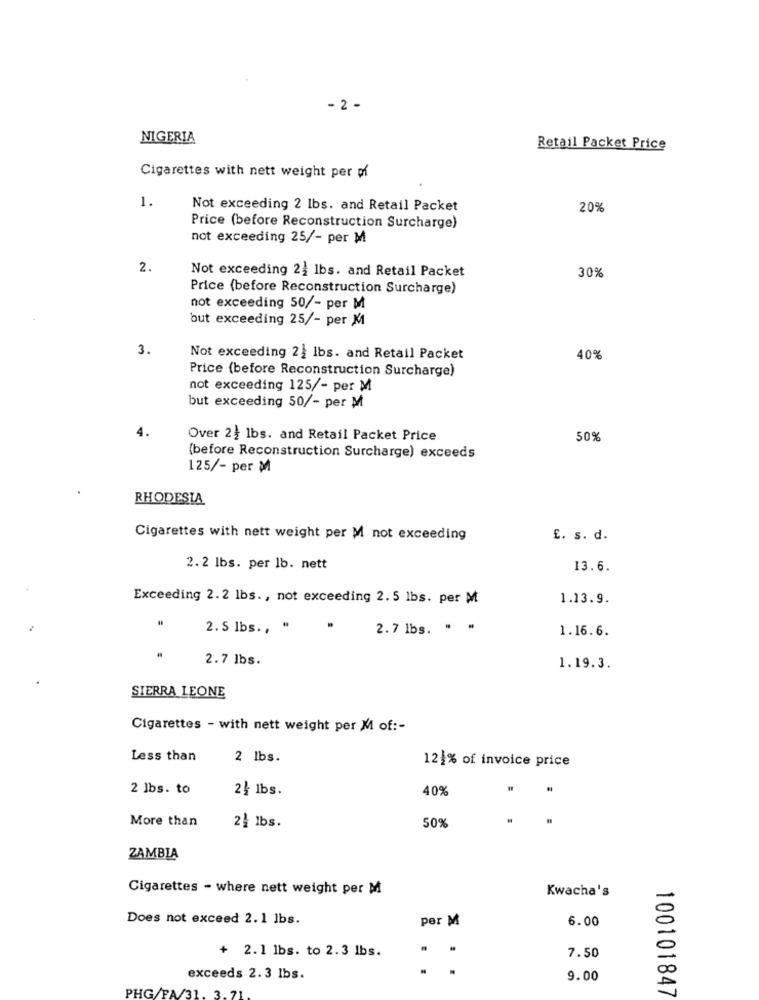
- 2 -
NIGERIA
Retail Packet Price
Cigarettes with nett weight per pf
1.
Not exceeding 2 lbs. and Retail Packet
20%
Price (before Reconstruction Surcharge)
not exceeding 25/- per M
2.
30%
Not exceeding 2 lbs. and Retail Packet
Price (before Reconstruction Surcharge)
not exceeding 50/- per M
but exceeding 25/- per M
3.
Not exceeding 2} lbs. and Retail Packet
40%
Price (before Reconstruction Surcharge)
not exceeding 125/- per M
but exceeding 50/- per M
4.
Over 2} lbs. and Retail Packet Price
50%
(before Reconstruction Surcharge) exceeds
125/- per M
RHODESIA
Cigarettes with nett weight per M not exceeding
E. s. d.
2.2 lbs. per lb. nett
13.6.
Exceeding 2.2 lbs ., not exceeding 2. 5 lbs. per M
1.13.9.
2. 5 lbs .,
2.7 lbs. . .
1.16.6.
2.7 lbs.
1.19.3.
SIERRA LEONE
Cigarettes - with nett weight per M of :-
Less than
2 lbs.
121% of invoice price
2 lbs. to
2} lbs.
40%
More than
2} 1bs.
50%
ZAMBIA
Cigarettes - where nett weight per M
Kwacha's
Does not exceed 2.1 lbs.
per M
6.00
+ 2.1 lbs. to 2.3 lbs.
7.50
exceeds 2.3 lbs.
9.00
PHG/FA/31
100101847